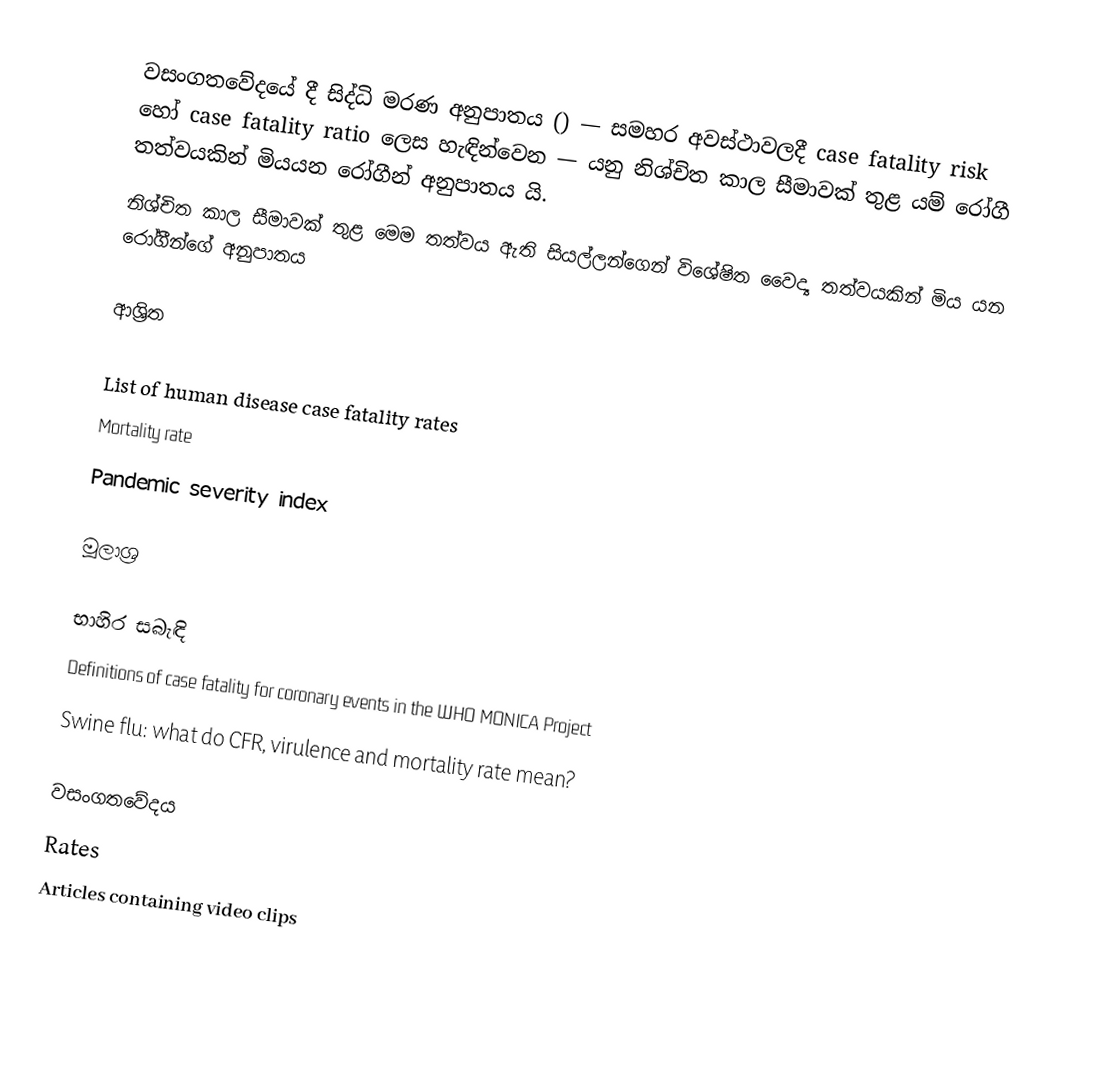
වසංගතවේදයේ දී සිද්ධි මරණ අනුපාතය () — සමහර අවස්ථාවලදී case fatality risk හෝ case fatality ratio ලෙස හැඳින්වෙන — යනු නිශ්චිත කාල සීමාවක් තුළ යම් රෝගී තත්වයකින් මියයන රෝගීන් අනුපාතය යි.
නිශ්චිත කාල සීමාවක් තුළ මෙම තත්වය ඇති සියල්ලන්ගෙන් විශේෂිත වෛද්‍ය තත්වයකින් මිය යන රෝගීන්ගේ අනුපාතය

ආශ්‍රිත

List of human disease case fatality rates
Mortality rate
Pandemic severity index

මූලාශ්‍ර

භාහිර සබැඳි
Definitions of case fatality for coronary events in the WHO MONICA Project
Swine flu: what do CFR, virulence and mortality rate mean?

වසංගතවේදය
Rates
Articles containing video clips